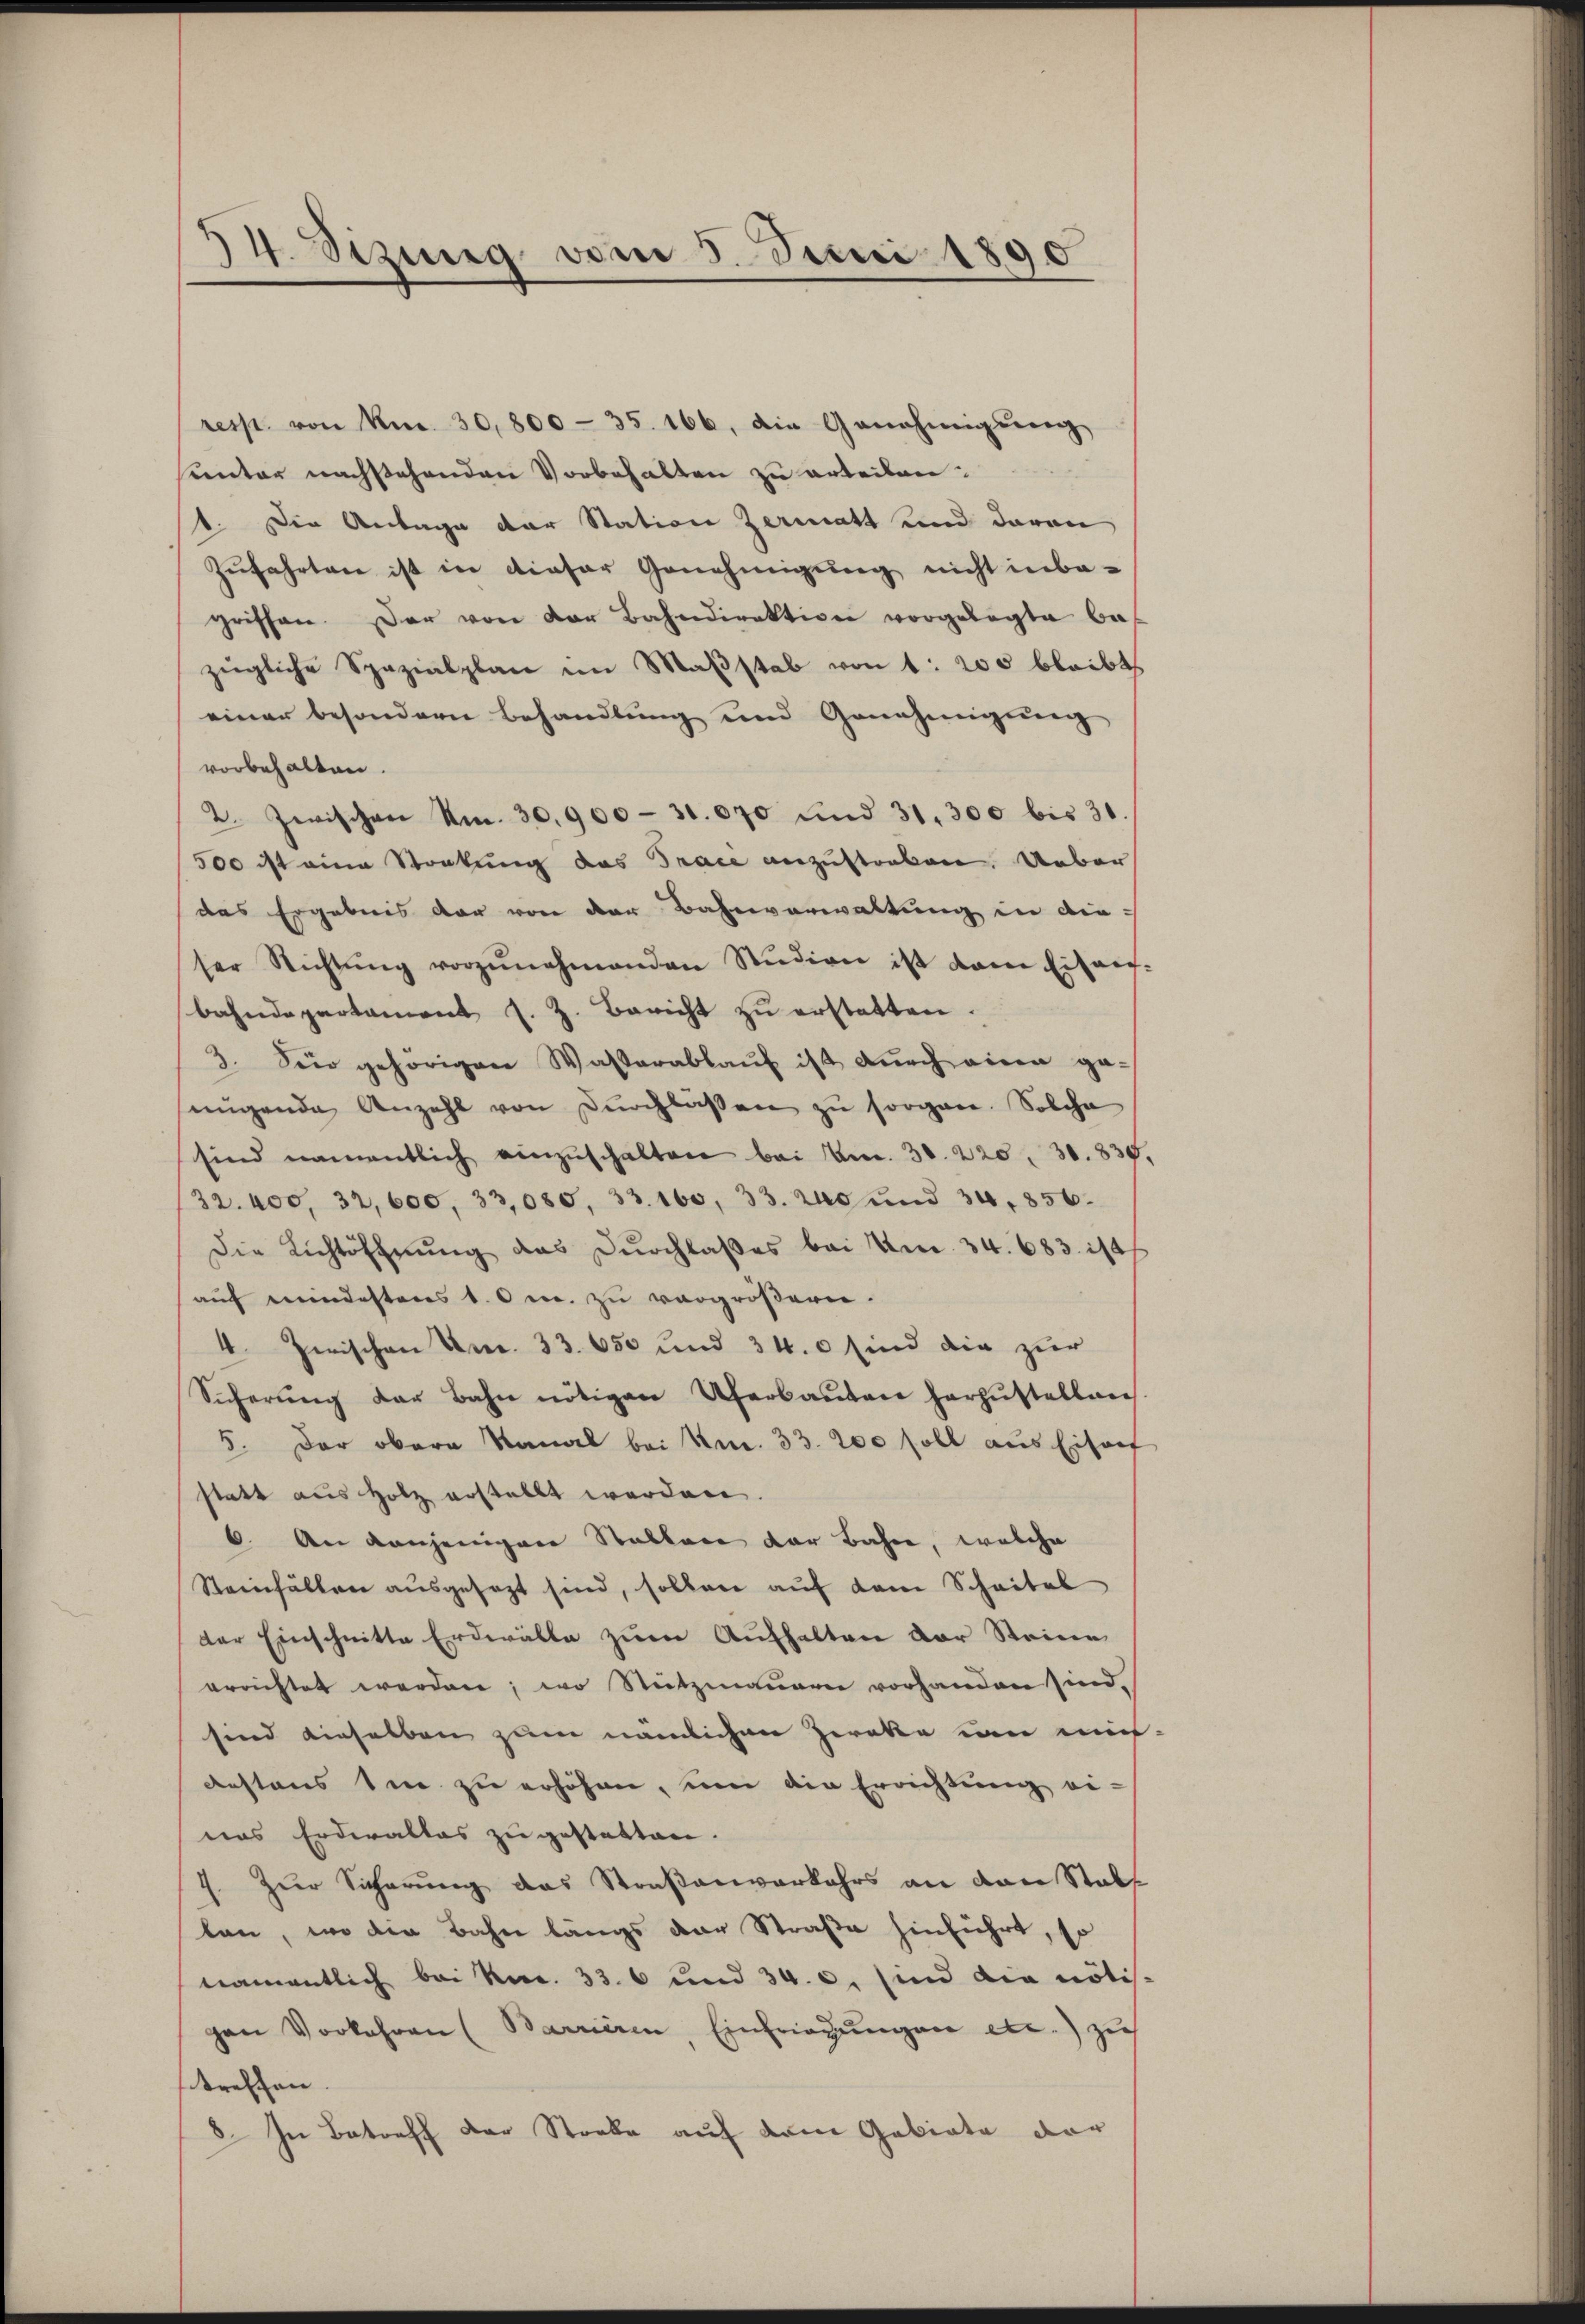
34. Sizung vom 5. Juni 1890

resp. von Nr. 30,800 - 35. 166, die Genehmigŭng
sunter nachstehenden Vorbehalten zu erteilen:
1. Die Antage der Station Zermatt und davon
Zŭfahrten ist in dieser Genehmigung nicht inba-
griffen. Der von der Bahndirektion vorgelegte Bas
zügliche Spezialplan im Maßstab von 1: 200 bleibt
einer besondern Behandlung und Genehmigung
vorbehalten.
2. Zwischen Nr. 30. 900 - 31. 670 und 31. 300 bis 31.
500 ist eine Stockung das Trace anzustreben. Ueber
das Ergebnis der von der Bahnverwaltung in die
ser Richtŭng vorzŭnehmenden Studien ist dem Eisger.
bahndepartament J. Z. Bericht zŭ erstatten.
3. Seio gehörigen Wasterablaŭf ist dŭrch eine ge-
nügende Anzahl von Dŭrchlassen zŭ sorgen. Solche
sind namentlich einzuschalten bei Am. 30. 220. 30. 835
32. 400, 32, 600, 33,085, 33. 160, 33. aus und 34, 856.
Die Richtöffnŭng des Dŭrchlaβes bei Am. 34. 683 ist
auf meindesteres 10 c. zu vergrößern.
4. Zwischen Fr. 33. 650 und 34. 0 sind die zur
Sicherŭng der Bahn nötigen Uferbaŭten herzŭstelbares.
5. Der obern Kanal bei Nr. 33. 200 soll aus Eisauf
statt aus Holz erstellt werden.
6. An denjenigen Stablen der Bahne, welche
Steinfällen ausgesezt sind, sollen auf dem Schaital
der Einschnitte Erdeälte zum Aufhalten der Steine
errichtet werden; wo Stutzmauern vorhanden sind.
sind einselben zum nämlichen Zwecke um mich
destens den zu erhöhen, um die Errichtung ei-
nas Erderalles zu gestatten.
7. Zur Sicherung das Straßenverkehrs an dann Stadt
lan, wo die Bahn längs der Straße hinführt, so
namentlich bei Nec. 33. 6 und 34. c. sind die nötis.
gen Vorkehren (Barrieren, Einfriegŭngen etc.) zu
treffen.
8. In Betreff der Stocke auf dem Gebiete dar